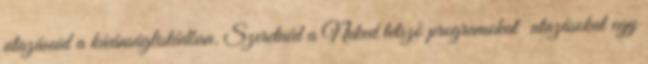
utazásaid a kívánságlistádban. Szeretnéd a Neked tetsző programokat utazásokat egy